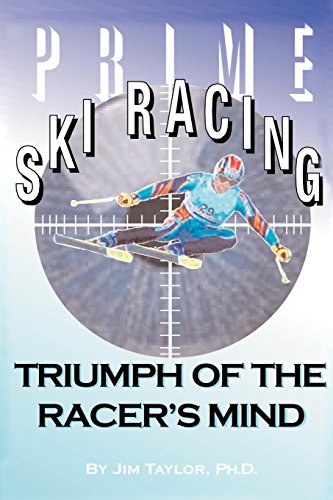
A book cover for Prime Ski Racing: Triumph of the Racer's Mind; Jim Taylor; Sports & Outdoors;